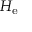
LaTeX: H _ { \mathrm { e } }